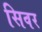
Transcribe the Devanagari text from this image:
सिवर